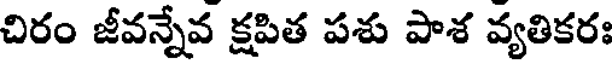
చిరం జీవన్నేవ క్షపిత పశు పాశ వ్యతికరః